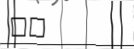
١٢